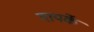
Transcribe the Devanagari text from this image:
गायर्के